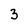
Character: 3